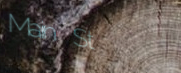
Main St